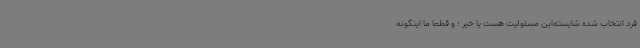
فرد انتخاب شده شایسته‌این مسئولیت هست یا خیر ؛ و قطعا ما اینگونه